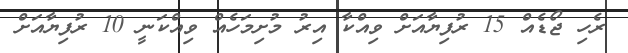
ރެހި ޖޯޑެއް 15 ރުފިޔާއަށް ވިއްކާ އިރު މުށިމަހެއް ވިއްކަނީ 10 ރުފިޔާއަށް